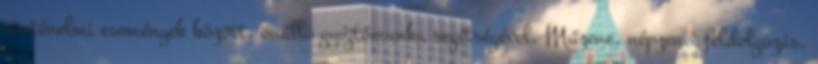
történelmi események között, önálló gyűjtőmunka segítségével. Műzene, népzenei feldolgozás,